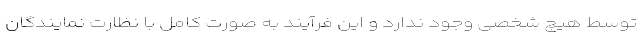
توسط هیچ شخصی وجود ندارد و این فرآیند به صورت کامل با نظارت نمایندگان